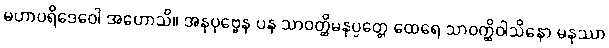
မဟာပရိဒေဝေါ အဟောသိ။ အနုပုဗ္ဗေန ပန သာဝတ္ထိမနုပ္ပတ္တေ ထေရေ သာဝတ္ထိဝါသိနော မနုဿာ